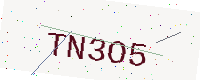
Text: TN3O5